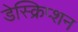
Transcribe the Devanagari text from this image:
डेस्क्रिप्शन